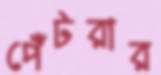
পেঁটরার